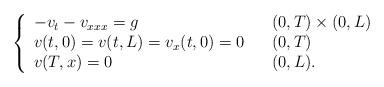
LaTeX: \begin{align*}\left\{\begin{array}[c]{lll}-v_{t}-v_{xxx}=g & & ( 0,T) \times( 0,L)\\v( t,0) =v( t,L) =v_{x}( t,0) =0 & &( 0,T) \\v( T,x) =0 & & ( 0,L) .\end{array}\right. \end{align*}